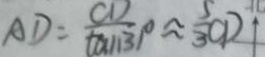
A D = \frac { C D } { \tan 3 1 ^ { \circ } } \approx \frac { 5 } { 3 } C D \uparrow